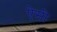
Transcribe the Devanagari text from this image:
ऐेसी